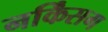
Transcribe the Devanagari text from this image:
नर्किंसग